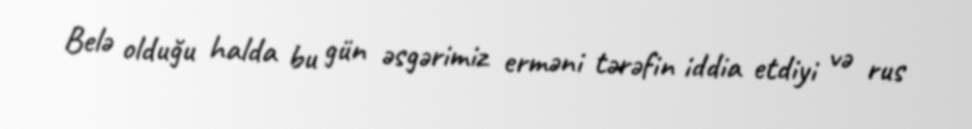
Belə olduğu halda bu gün əsgərimiz erməni tərəfin iddia etdiyi və rus